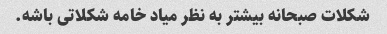
شکلات صبحانه بیشتر به نظر میاد خامه شکلاتی باشه.